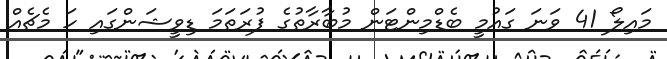
މައިލޯ 41 ވަނަ ގައުމީ ބެޑްމިންޓަން މުބާރާތުގެ ފުރަތަމަ ޑިވީޝަންގައި ހަ މެޗެއް